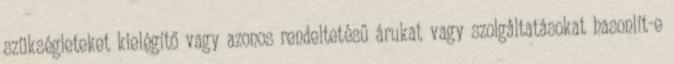
szükségleteket kielégítő vagy azonos rendeltetésű árukat vagy szolgáltatásokat hasonlít-e